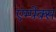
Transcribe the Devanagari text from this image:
एम्पेक्स